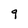
Character: 9